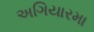
અગિયારમા